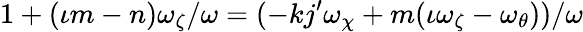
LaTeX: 1+(\iota m-n)\omega_{\zeta}/\omega=(-kj^{\prime}\omega_{\chi}+m(\iota\omega_{\zeta}-\omega_{\theta}))/\omega